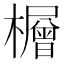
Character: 𪴕